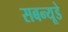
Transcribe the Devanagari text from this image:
सबन्यूडे